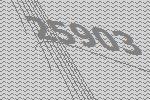
25903